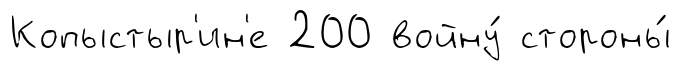
Копыстыр'ин'е 200 войну́ стороны́